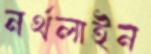
নর্থলাইন